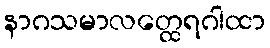
နာဂသမာလတ္ထေရဂါထာ